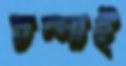
চম্পাই